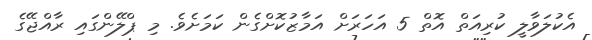
އެކުލަވާލީ ކުރިއަތް އޮތް 5 އަހަރަށް އަމާޒުކޮށްގެން ކަމަށެވެ. މި ޕްލޭންގައި ރާއްޖޭގެ